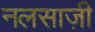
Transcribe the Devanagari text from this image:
नलसाज़ी